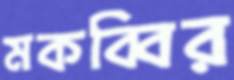
মকব্বির